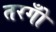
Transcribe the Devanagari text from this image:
तरगोँ